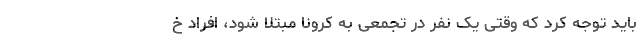
باید توجه کرد که وقتی یک نفر در تجمعی به کرونا مبتلا شود، افراد خ